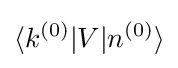
\langle k^{(0)}|V|n^{(0)}\rangle